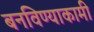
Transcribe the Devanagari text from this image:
बनविण्याकामी